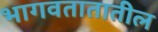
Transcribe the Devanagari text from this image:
भागवतातातील